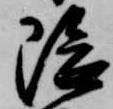
隈